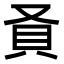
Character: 𬥎